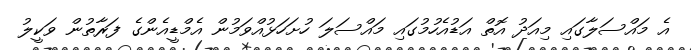
އެ މައްސަލާގައި މިއަދު އޮތް އަޑުއެހުމުގައި މައްސަލަ ހުށަހަޅުއްވަމުން އެމްޑީއެންގެ ފަރާތުން ވަކީލު